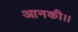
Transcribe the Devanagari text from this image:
आनकी।।